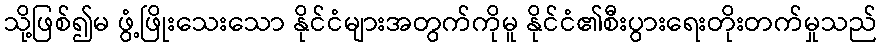
သို့ဖြစ်၍မ ဖွံ့ဖြိုးသေးသော နိုင်ငံများအတွက်ကိုမူ နိုင်ငံ၏စီးပွားရေးတိုးတက်မှုသည်